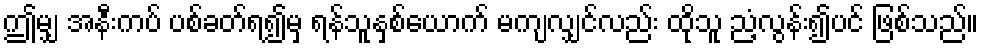
ဤမျှ အနီးကပ် ပစ်ခတ်ရ၍မှ ရန်သူနှစ်ယောက် မကျလျှင်လည်း ထိုသူ ညံ့လွန်း၍ပင် ဖြစ်သည်။